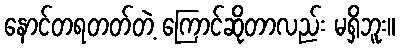
နောင်တရတတ်တဲ့ ကြောင်ဆိုတာလည်း မရှိဘူး။